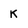
Character: k